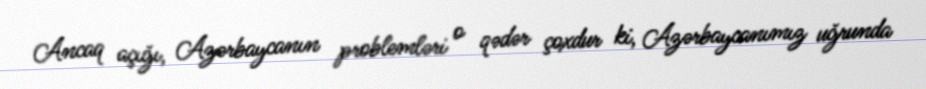
Ancaq açığı, Azərbaycanın problemləri o qədər çoxdur ki, Azərbaycanımız uğrunda